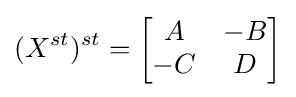
(X^{st})^{st}={\begin{bmatrix}A&-B\\-C&D\end{bmatrix}}